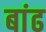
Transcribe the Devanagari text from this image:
बांढ